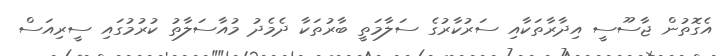
އެގޮތުން ޖާސޫސީ އިދާރާތަކާއި ސަރުކާރުގެ ސަލާމަތީ ބާރުތަކާ ދެމެދު މުއާސަލާތު ކުރުމުގައި ސީރިއަސް